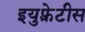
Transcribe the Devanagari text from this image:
इयुफ़्रेटीस